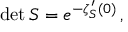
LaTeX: \operatorname* { d e t } S = e ^ { - \zeta _ { S } ^ { \prime } ( 0 ) } \, ,